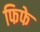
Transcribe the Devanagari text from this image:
फिफे